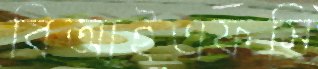
বিআইএফসি